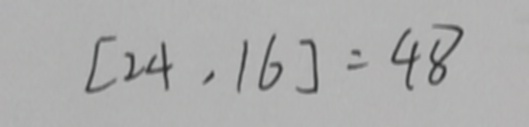
[ 2 4 , 1 6 ] = 4 8